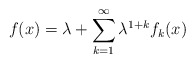
\begin{align*}f(x) = \lambda + \sum_{k=1}^\infty \lambda^{1+k} f_k (x)\end{align*}